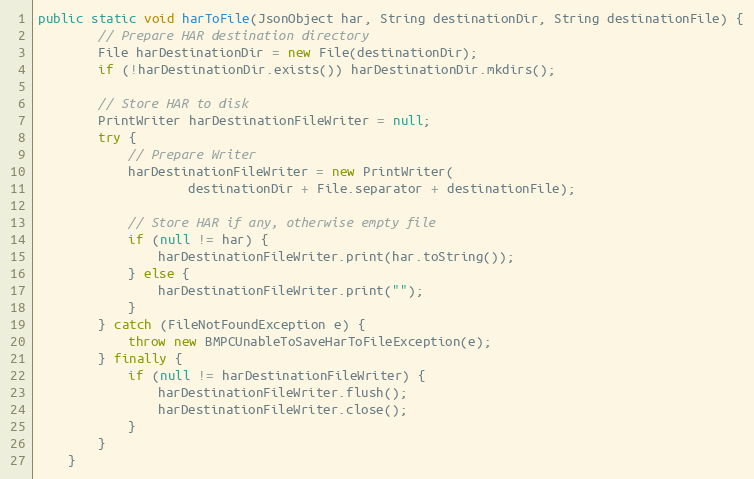
Language: Java
public static void harToFile(JsonObject har, String destinationDir, String destinationFile) {
        // Prepare HAR destination directory
        File harDestinationDir = new File(destinationDir);
        if (!harDestinationDir.exists()) harDestinationDir.mkdirs();

        // Store HAR to disk
        PrintWriter harDestinationFileWriter = null;
        try {
            // Prepare Writer
            harDestinationFileWriter = new PrintWriter(
                    destinationDir + File.separator + destinationFile);

            // Store HAR if any, otherwise empty file
            if (null != har) {
                harDestinationFileWriter.print(har.toString());
            } else {
                harDestinationFileWriter.print("");
            }
        } catch (FileNotFoundException e) {
            throw new BMPCUnableToSaveHarToFileException(e);
        } finally {
            if (null != harDestinationFileWriter) {
                harDestinationFileWriter.flush();
                harDestinationFileWriter.close();
            }
        }
    }